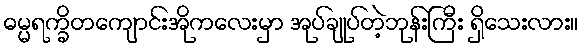
ဓမ္မရက္ခိတကျောင်းအိုကလေးမှာ အုပ်ချုပ်တဲ့ဘုန်းကြီး ရှိသေးလား။